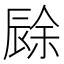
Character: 𲅊